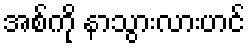
အစ်ကို နာသွားလားဟင်